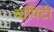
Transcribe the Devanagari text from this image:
वापिटी